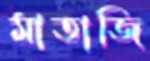
মাতাজি